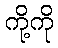
ကို့ကို